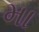
મા